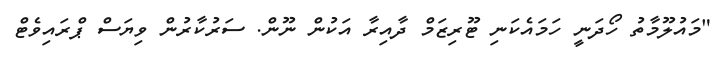
"މައުލޫމާތު ހޯދަނީ ހަމައެކަނި ޓޫރިޒަމް ދާއިރާ އަކުން ނޫން. ސަރުކާރުން ވިޔަސް ޕްރައިވެޓް